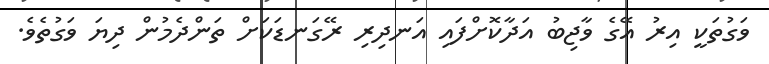
ވަގުތަކީ އިރު އޭގެ ވާޖިބު އަދާކޮށްފައި އަނދިރި ރޭގަނޑަކަށް ތަންދެމުން ދިޔަ ވަގުތެވެ.